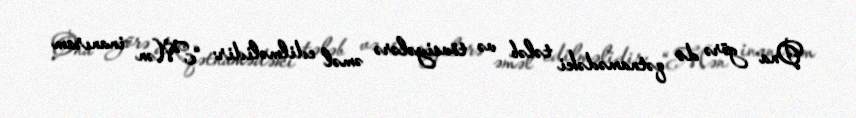
Ona görə də qətnamədəki tələb və tövsiyələrə əməl edilməlidir: “Mən inanıram